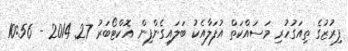
ފިރުޒުގެ ތިއަގުހުރި މަސައްކަތް އުފަލާއެކު ބަލައިގެންފިން އޮކްޓޯބަރު 27